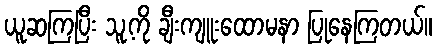
ယူဆကြပြီး သူ့ကို ချီးကျူးထောမနာ ပြုနေကြတယ်။